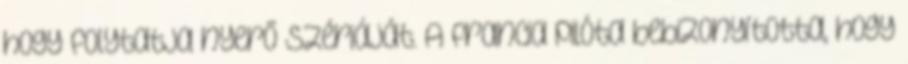
hogy folytatja nyerő szériáját. A francia pilóta bebizonyította, hogy